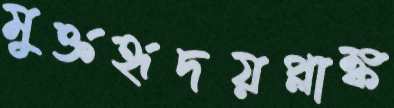
মুক্তহৃদয়প্লাঙ্ক